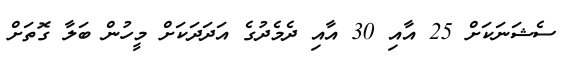
ސެޝަނަކަށް 25 އާއި 30 އާއި ދެމެދުގެ އަދަދަކަށް މީހުން ބަލާ ގޮތަށް